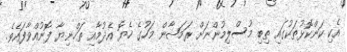
އެކި ކަންކޮޅުތަކުގައި ތިބި މުސްލިމުންނަށް ރަމަޟާން މަހުގެ ހެޔޮ އެދުމާއި ތަހްނިޔާ ފޮނުއްވާފައެވެ.